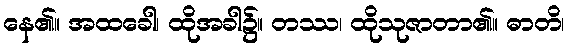
နေ၏။ အထခေါ၊ ထိုအခါ၌။ တဿ၊ ထိုသုဇာတာ၏။ ဓာတိ၊